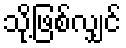
သို့ဖြစ်လျှင်